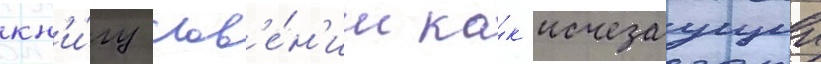
кн'и́гу слов'е́н'ии ка́к исчезаущии